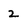
Character: 2